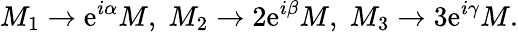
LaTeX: M_{1}\rightarrow\mathrm{e}^{i\alpha}M,\; M_{2}\rightarrow2\mathrm{e}^{i\beta}M,\; M_{3}\rightarrow3\mathrm{e}^{i\gamma}M.